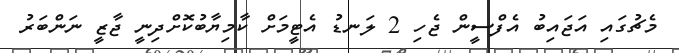
މެޗުގައި އަޖައިބު އެފްސީން ޖެހި 2 ލަނޑު އެޓީީމަށް ކާމިޔާބުކޮށްދިނީ ޖާޒީ ނަންބަރު